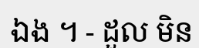
ឯង ។ - ដួល មិន